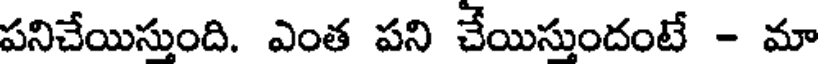
పనిచేయిస్తుంది. ఎంత పని చేయిస్తుందంటే - మా